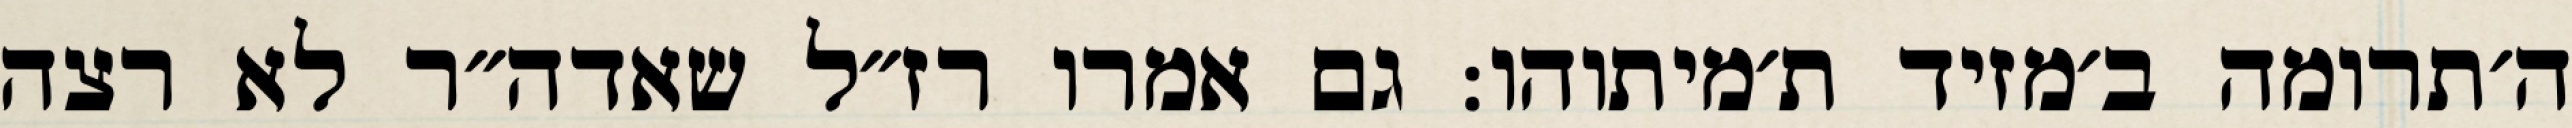
ה׳תרומה ב׳מזיד ת׳מיתוהו: גם אמרו רז״ל שאדה״ר לא רצה